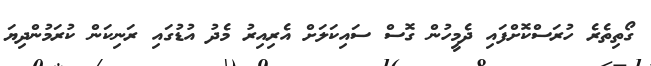
ގޯތިތެރެ ހުރަސްކޮށްފައި ދެމީހުން ގޮސް ސައިކަލަށް އެރިއިރު މެދު އުޑުގައި ރަނިކަން ކުރަމުންދިޔަ